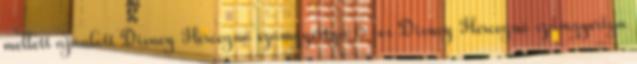
mellett ajánlott Disney Hercegnő számgyertya 6-os Disney Hercegnő számgyertya